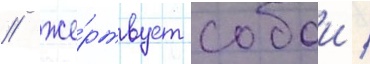
/ же́ртвует собои /